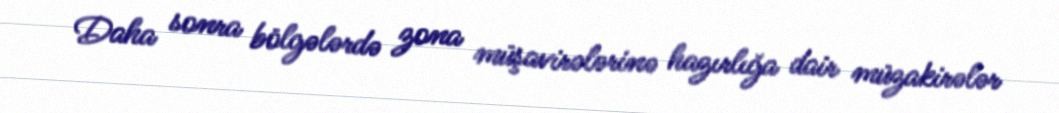
Daha sonra bölgələrdə zona müşavirələrinə hazırlığa dair müzakirələr